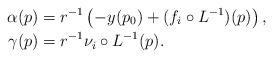
LaTeX: \begin{align*} \alpha(p) &= r^{-1}\left(-y(p_0) + (f_i \circ L^{-1})(p)\right), \\ \gamma(p) &= r^{-1} \nu_i \circ L^{-1}(p). \end{align*}